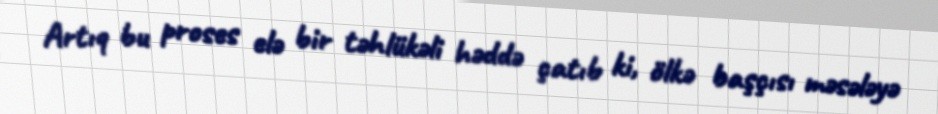
Artıq bu proses elə bir təhlükəli həddə çatıb ki, ölkə başçısı məsələyə